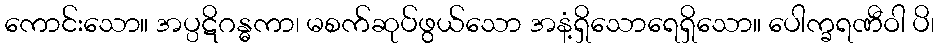
ကောင်းသော။ အပ္ပဋိဂန္ဓကာ၊ မစက်ဆုပ်ဖွယ်သော အနံ့ရှိသောရေရှိသော။ ပေါက္ခရဏီဝါ ပိ၊